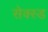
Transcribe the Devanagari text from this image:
सेक्स्ड